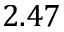
2 . 4 7